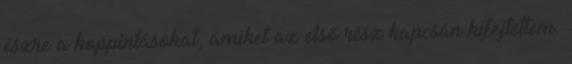
észre a koppintásokat, amiket az első rész kapcsán kifejtettem.